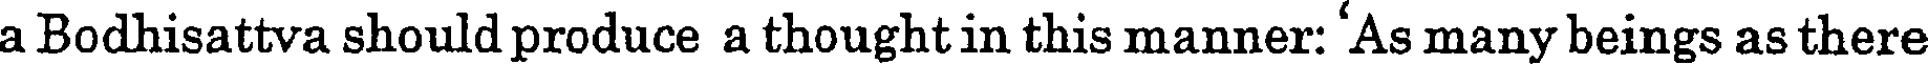
a Bodhisattva should produce a thought in this manner: 'As many beings as there